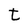
Character: t